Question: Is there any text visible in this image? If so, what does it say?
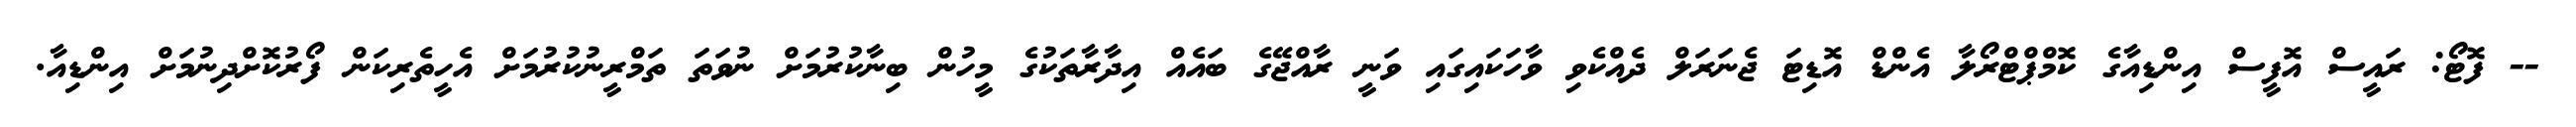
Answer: -- ފޮޓޯ: ރައީސް އޮފީސް އިންޑިއާގެ ކޮމްޕްޓްރޯލާ އެންޑް އޮޑިޓަ ޖެނަރަލް ދެއްކެވި ވާހަކައިގައި ވަނީ ރާއްޖޭގެ ބައެއް އިދާރާތަކުގެ މީހުން ބިނާކުރުމަށް ނުވަތަ ތަމްރީނުކުރުމަށް އެހީތެރިކަން ފޯރުކޮށްދިނުމަށް އިންޑިއާ.